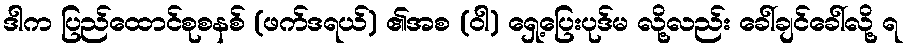
ဒါက ပြည်ထောင်စုစနစ် (ဖက်ဒရယ်) ၏အစ (ဝါ) ရှေ့ပြေးပုဒ်မ လို့လည်း ခေါ်ချင်ခေါ်လို့ ရ